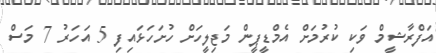
އަފްރާޝީމް ވަކި ކުރުމަށް އެމްޑީޕީން މަޖިލީހަށް ހުށަހަޅައިފި 5 އަހަރު 7 މަސް